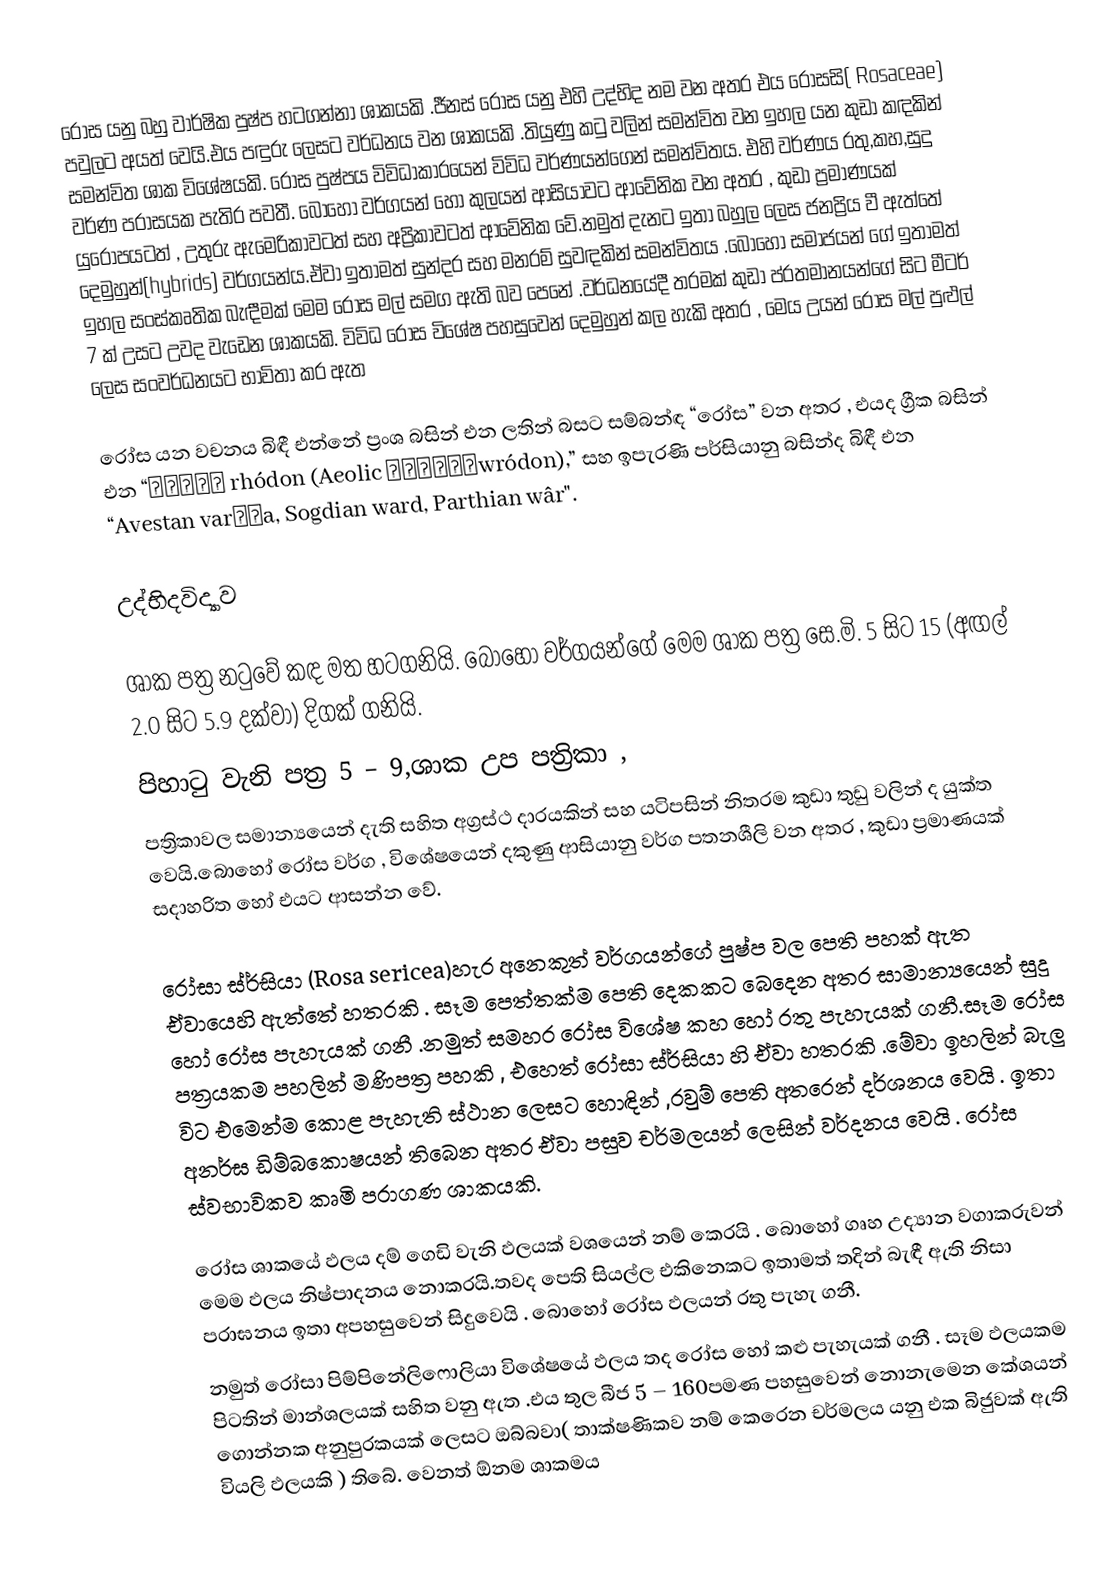
රෝස යනු බහු වාර්ෂික පුෂ්ප හටගන්නා ශාකයකි .ජීනස්  රෝස යනු එහි උද්භිද නම වන  අතර එය රෝසසි( Rosaceae) පවුලට අයත් වෙයි.එය පඳුරු ලෙසට වර්ධනය වන ශාකයකි .තියුණු කටු වලින් සමන්විත වන ඉහල යන කුඩා කඳකින් සමන්විත ශාක විශේෂයකි. රෝස පුෂ්පය විවිධාකාරයෙන් විවිධ වර්ණයන්ගෙන් සමන්විතය. එහි වර්ණය රතු,කහ,සුදු වර්ණ පරාසයක පැතිර පවතී. බොහෝ වර්ගයන් හෝ කුලයන් ආසියාවට ආවේනික වන අතර , කුඩා ප්‍රමාණයක්  යුරෝපයටත් , උතුරු ඇමෙරිකාවටත්  සහ  අප්‍රිකාවටත්  ආවේනික වේ.නමුත්   දැනට ඉතා බහුල ලෙස ජනප්‍රිය වී ඇත්තේ  දෙමුහුන්(hybrids) වර්ගයන්ය.ඒවා ඉතාමත් සුන්දර සහ මනරම් සුවඳකින් සමන්විතය .බොහෝ සමාජයන් ගේ ඉතාමත් ඉහල සංස්කෘතික බැඳීමක් මෙම රෝස මල් සමග ඇති බව පෙනේ .වර්ධනයේදී තරමක් කුඩා ප්රතමානයන්ගේ සිට මීටර්  7 ක් උසට උවද වැඩෙන ශාකයකි.  විවිධ රෝස විශේෂ  පහසුවෙන් දෙමුහුන් කල හැකි අතර  , මෙය  උයන්  රෝස මල්  පුළුල් ලෙස සංවර්ධනයට  භාවිතා කර ඇත

රෝස යන වචනය බිඳී එන්නේ ප්‍රංශ  බසින් එන ලතින් බසට සම්බන්ඳ “රෝස” වන අතර , එයද ග්‍රීක  බසින් එන  “ρόδον rhódon (Aeolic βρόδονwródon),” සහ ඉපැරණි පර්සියානු බසින්ද බිඳී එන “Avestan varəδa, Sogdian ward, Parthian wâr".

උද්භිදවිද්‍යාව

ශාක පත්‍ර  නටුවේ කඳ මත හටගනියි. බොහෝ වර්ගයන්ගේ මෙම ශාක පත්‍ර සෙ.මි. 5 සිට 15  (අඟල් 2.0  සිට 5.9 දක්වා) දිගක් ගනියි.
පිහාටු වැනි පත්‍ර 5 – 9,ශාක උප පත්‍රිකා ,
පත්‍රිකාවල සමාන්‍යයෙන්     දැති සහිත  අග්‍රස්ථ  දාරයකින් සහ  යටිපසින් නිතරම කුඩා තුඩු    වලින් ද  යුක්ත වෙයි.බොහෝ රෝස වර්ග , විශේෂයෙන් දකුණු ආසියානු වර්ග පතනශීලි වන අතර , කුඩා ප්‍රමාණයක්  සදාහරිත හෝ එයට  ආසන්න වේ.

රෝසා ස්ර්සියා  (Rosa sericea)හැර අනෙකුත් වර්ගයන්ගේ පුෂ්ප වල පෙති පහක් ඇත ඒවායෙහි ඇත්තේ හතරකි . සෑම පෙත්තක්ම  පෙති  දෙකකට බෙදෙන අතර සාමාන්‍යයෙන් සුදු හෝ  රෝස පැහැයක් ගනී .නමුත් සමහර රෝස විශේෂ කහ හෝ රතු පැහැයක් ගනී.සෑම රෝස පත්‍රයකම   පහලින් මණිපත්‍ර පහකි , එහෙත් රෝසා ස්ර්සියා හි ඒවා හතරකි .මේවා ඉහලින් බැලු විට එමෙන්ම කොළ පැහැති ස්ථාන ලෙසට හොඳින් ,රවුම් පෙති අතරෙන්  දර්ශනය වෙයි . ඉතා අනර්ඝ ඩිම්බකොෂයන් තිබෙන අතර ඒවා පසුව චර්මලයන් ලෙසින් වර්දනය වෙයි . රෝස ස්වභාවිකව කෘමි පරාගණ ශාකයකි.

රෝස ශාකයේ  ඵලය  දම් ගෙඩි වැනි ඵලයක් වශයෙන් නම් කෙරයි . බොහෝ ගෘහ උද්‍යාන      වගාකරුවන් මෙම ඵලය  නිෂ්පාදනය නොකරයි.තවද පෙති සියල්ල එකිනෙකට ඉතාමත් තදින් බැඳී ඇති නිසා පරාඝනය ඉතා අපහසුවෙන් සිදුවෙයි . බොහෝ රෝස ඵලයන්  රතු පැහැ ගනී.
නමුත්  රෝසා පිම්පිනේලිෆොලියා  විශේෂයේ ඵලය තද රෝස  හෝ කළු පැහැයක් ගනී . සෑම ඵලයකම පිටතින් මාන්ශලයක් සහිත වනු ඇත .එය තුල බීජ 5 – 160පමණ  පහසුවෙන් නොනැමෙන කේශයන් ගොන්නක අනුපුරකයක් ලෙසට ඔබ්බවා( තාක්ෂණිකව නම් කෙරෙන චර්මලය යනු එක බිජුවක් ඇති වියලි ඵලයකි ) තිබේ. වෙනත් ඕනම ශාකමය